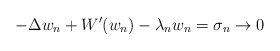
\begin{align*}-\Delta w_{n}+W^{\prime }(w_{n})-\lambda _{n}w_{n}=\sigma _{n}\rightarrow 0 \end{align*}